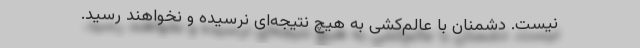
نیست. دشمنان با عالم‌کُشی به هیچ نتیجه‌ای نرسیده و نخواهند رسید.